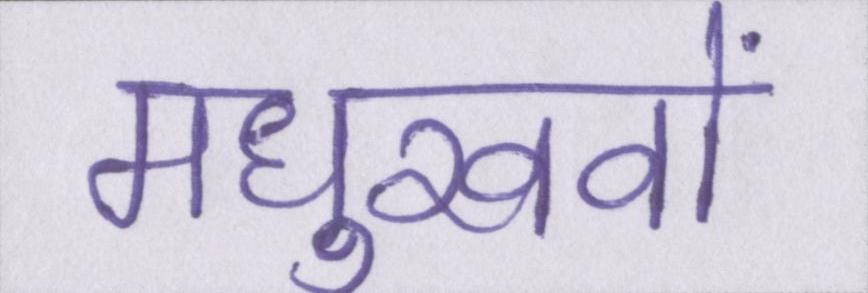
मधुखवों